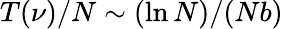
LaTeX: T(\nu)/N\sim(\ln{N})/(Nb)